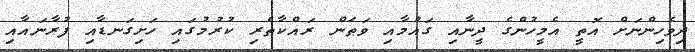
ދިވެހިންނަށް އޮތީ އެމީހުންގެ ދީނާއި ގައުމާއި ވަޠަން ރައްކާތެރި ކުރުމުގައި ހަށިގަނޑާއި ފުރާނައާއި